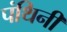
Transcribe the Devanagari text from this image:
पंथिनी